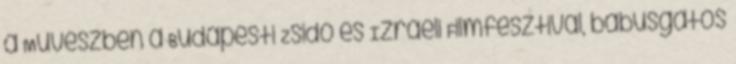
a Művészben a Budapesti Zsidó és Izraeli Filmfesztivál, babusgatós